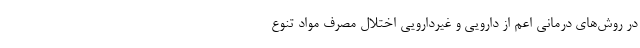
در روش‌های درمانی اعم از دارویی و غیردارویی اختلال مصرف مواد تنوع